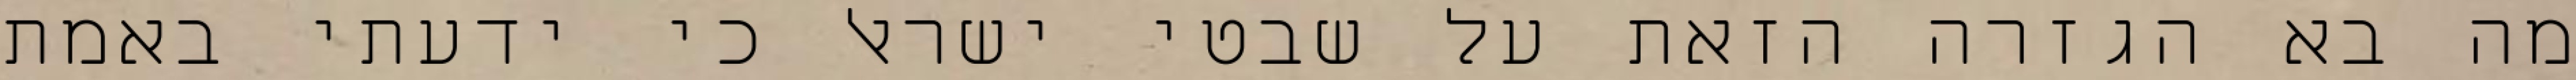
מה בא הגזרה הזאת על שבטי ישראל כי ידעתי באמת